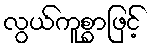
လွယ်ကူစွာဖြင့်